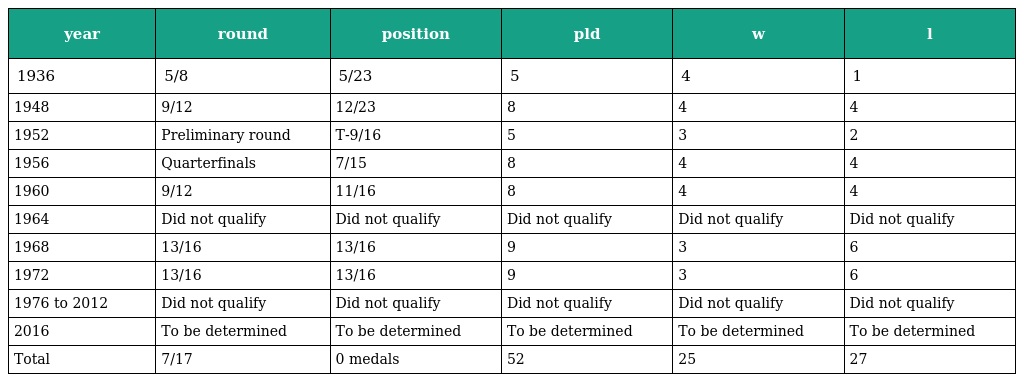
| year | round | position | pld | w | l |
 | --- | --- | --- | --- | --- | --- |
 | 1936 | 5/8 | 5/23 | 5 | 4 | 1 |
 | 1948 | 9/12 | 12/23 | 8 | 4 | 4 |
 | 1952 | Preliminary round | T-9/16 | 5 | 3 | 2 |
 | 1956 | Quarterfinals | 7/15 | 8 | 4 | 4 |
 | 1960 | 9/12 | 11/16 | 8 | 4 | 4 |
 | 1964 | Did not qualify | Did not qualify | Did not qualify | Did not qualify | Did not qualify |
 | 1968 | 13/16 | 13/16 | 9 | 3 | 6 |
 | 1972 | 13/16 | 13/16 | 9 | 3 | 6 |
 | 1976 to 2012 | Did not qualify | Did not qualify | Did not qualify | Did not qualify | Did not qualify |
 | 2016 | To be determined | To be determined | To be determined | To be determined | To be determined |
 | Total | 7/17 | 0 medals | 52 | 25 | 27 |